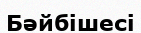
Бәйбішесі